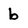
Character: b